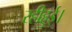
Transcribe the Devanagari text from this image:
रहीहुई।